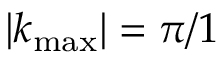
| k _ { \operatorname* { m a x } } | = \pi / 1